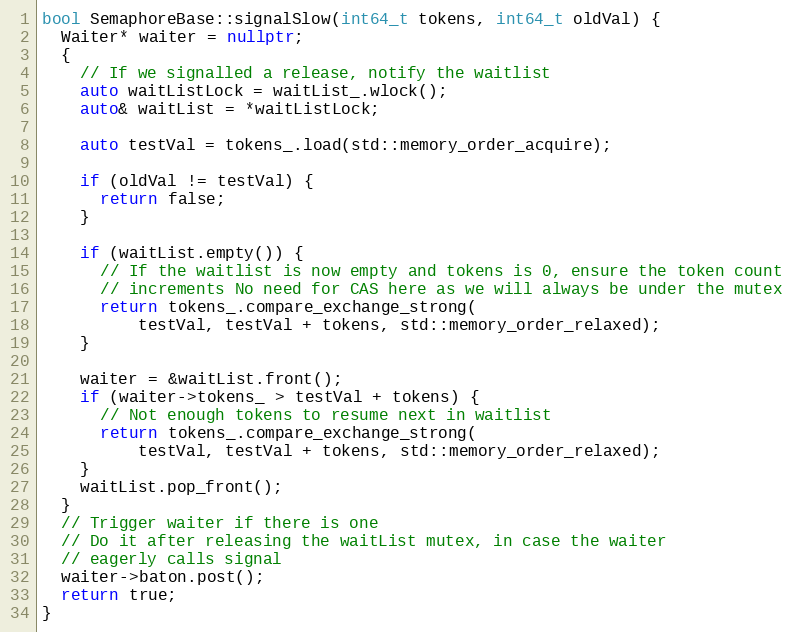
Language: C++
bool SemaphoreBase::signalSlow(int64_t tokens, int64_t oldVal) {
  Waiter* waiter = nullptr;
  {
    // If we signalled a release, notify the waitlist
    auto waitListLock = waitList_.wlock();
    auto& waitList = *waitListLock;

    auto testVal = tokens_.load(std::memory_order_acquire);

    if (oldVal != testVal) {
      return false;
    }

    if (waitList.empty()) {
      // If the waitlist is now empty and tokens is 0, ensure the token count
      // increments No need for CAS here as we will always be under the mutex
      return tokens_.compare_exchange_strong(
          testVal, testVal + tokens, std::memory_order_relaxed);
    }

    waiter = &waitList.front();
    if (waiter->tokens_ > testVal + tokens) {
      // Not enough tokens to resume next in waitlist
      return tokens_.compare_exchange_strong(
          testVal, testVal + tokens, std::memory_order_relaxed);
    }
    waitList.pop_front();
  }
  // Trigger waiter if there is one
  // Do it after releasing the waitList mutex, in case the waiter
  // eagerly calls signal
  waiter->baton.post();
  return true;
}